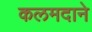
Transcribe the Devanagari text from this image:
कलमदाने